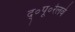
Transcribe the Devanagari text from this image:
द्०पू०रेलवे